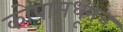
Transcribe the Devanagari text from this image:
कोपामधूनच